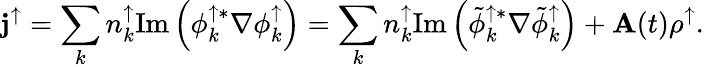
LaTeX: {\mathbf j}^{\uparrow}=\sum_{k}{n_{k}^{\uparrow}\mathrm{Im}\left(\phi_{k}^{\uparrow*}\nabla\phi_{k}^{\uparrow}\right)}=\sum_{k}{n_{k}^{\uparrow}\mathrm{Im}\left(\tilde{\phi}_{k}^{\uparrow*}\nabla\tilde{\phi}_{k}^{\uparrow}\right)}+{\mathbf A}(t)\rho^{\uparrow}.